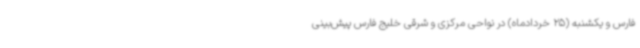
فارس و یکشنبه (25 خردادماه) در نواحی مرکزی و شرقی خلیج فارس پیش‌بینی